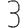
Digit: 3